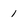
Character: 1